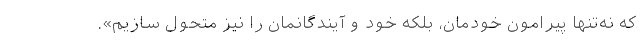
که نه‌تنها پیرامونِ خودمان، بلکه خود و آیندگانمان را نیز متحول سازیم».